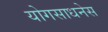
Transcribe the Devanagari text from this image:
योगसाधनेस